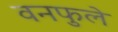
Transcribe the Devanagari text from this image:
वनफुले